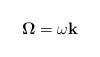
LaTeX: \begin{align*}\mathbf{\Omega}=\omega\mathbf{k} \end{align*}